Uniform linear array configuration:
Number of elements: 8
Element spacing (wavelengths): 1
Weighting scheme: blackman
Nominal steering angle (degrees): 15
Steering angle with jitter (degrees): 14.011
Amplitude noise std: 0.05
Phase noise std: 0.05

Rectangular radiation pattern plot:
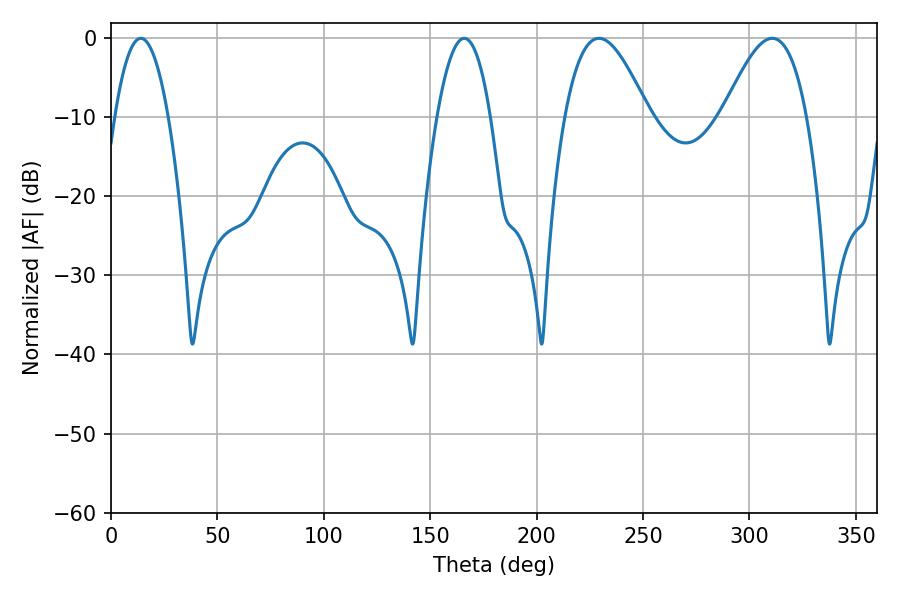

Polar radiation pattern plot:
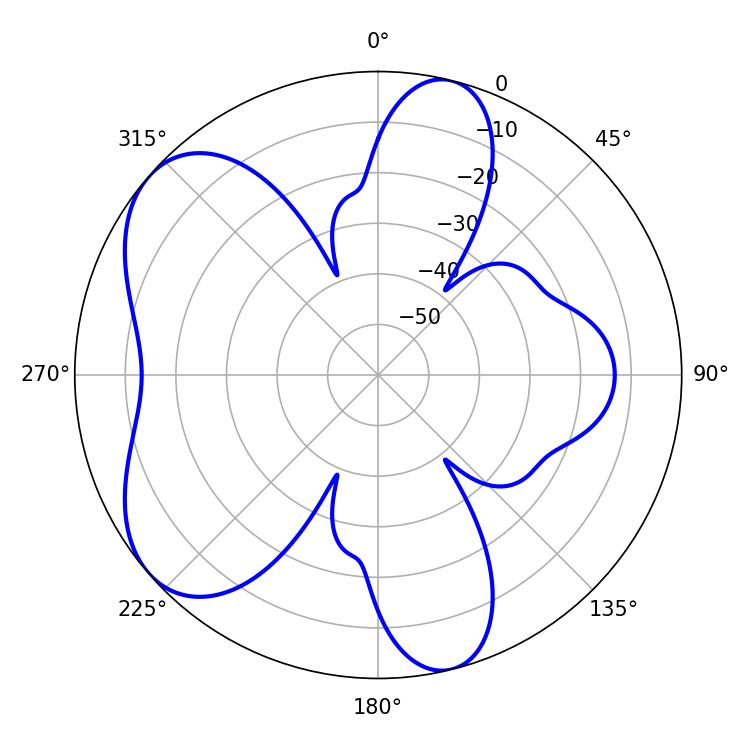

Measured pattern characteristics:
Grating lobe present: TRUE
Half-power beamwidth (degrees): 21.42
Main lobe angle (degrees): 229.32